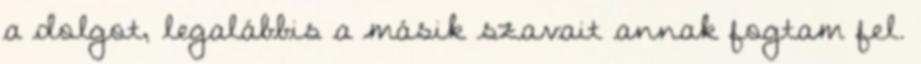
a dolgot, legalábbis a másik szavait annak fogtam fel.